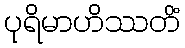
ပုရိမာဟိဿတိံ